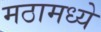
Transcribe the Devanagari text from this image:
मठामध्ये